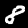
Digit: 8